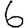
Digit: 6